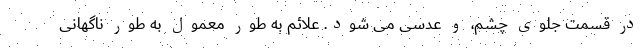
در قسمت جلوی چشم، و عدسی می شود. علائم به طور معمول به طور ناگهانی